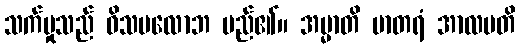
သက်မှုသည် ဝိသမလောဘ မည်၏။ အမ္မာတိ မာတရံ အာလပတိ